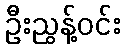
ဦးညွန့်ဝင်း